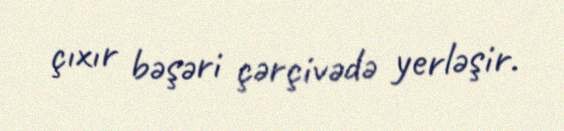
çıxır bəşəri çərçivədə yerləşir.